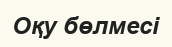
Оқу бөлмесі